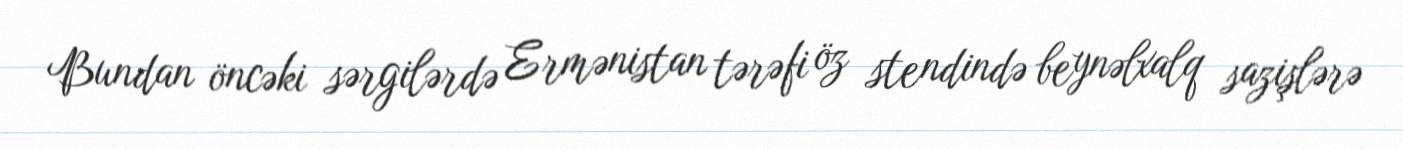
Bundan öncəki sərgilərdə Ermənistan tərəfi öz stendində beynəlxalq sazişlərə